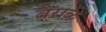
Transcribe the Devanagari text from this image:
वैराळे